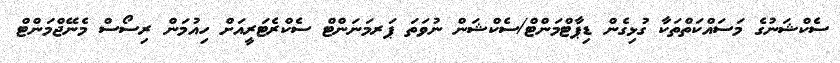
ސެކްޝަނުގެ މަސައްކަތްތަކާ ގުޅިގެން ޑިޕާޓްމަންޓް/ސެކްޝަން ނުވަތަ ޕަރމަނަންޓް ސެކްރެޓަރީއަށް ހިއުމަން ރިސޯސް މެނޭޖްމަންޓް